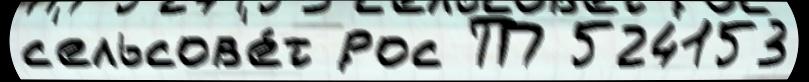
с'ельсов'е́т ́рос ТП 524153